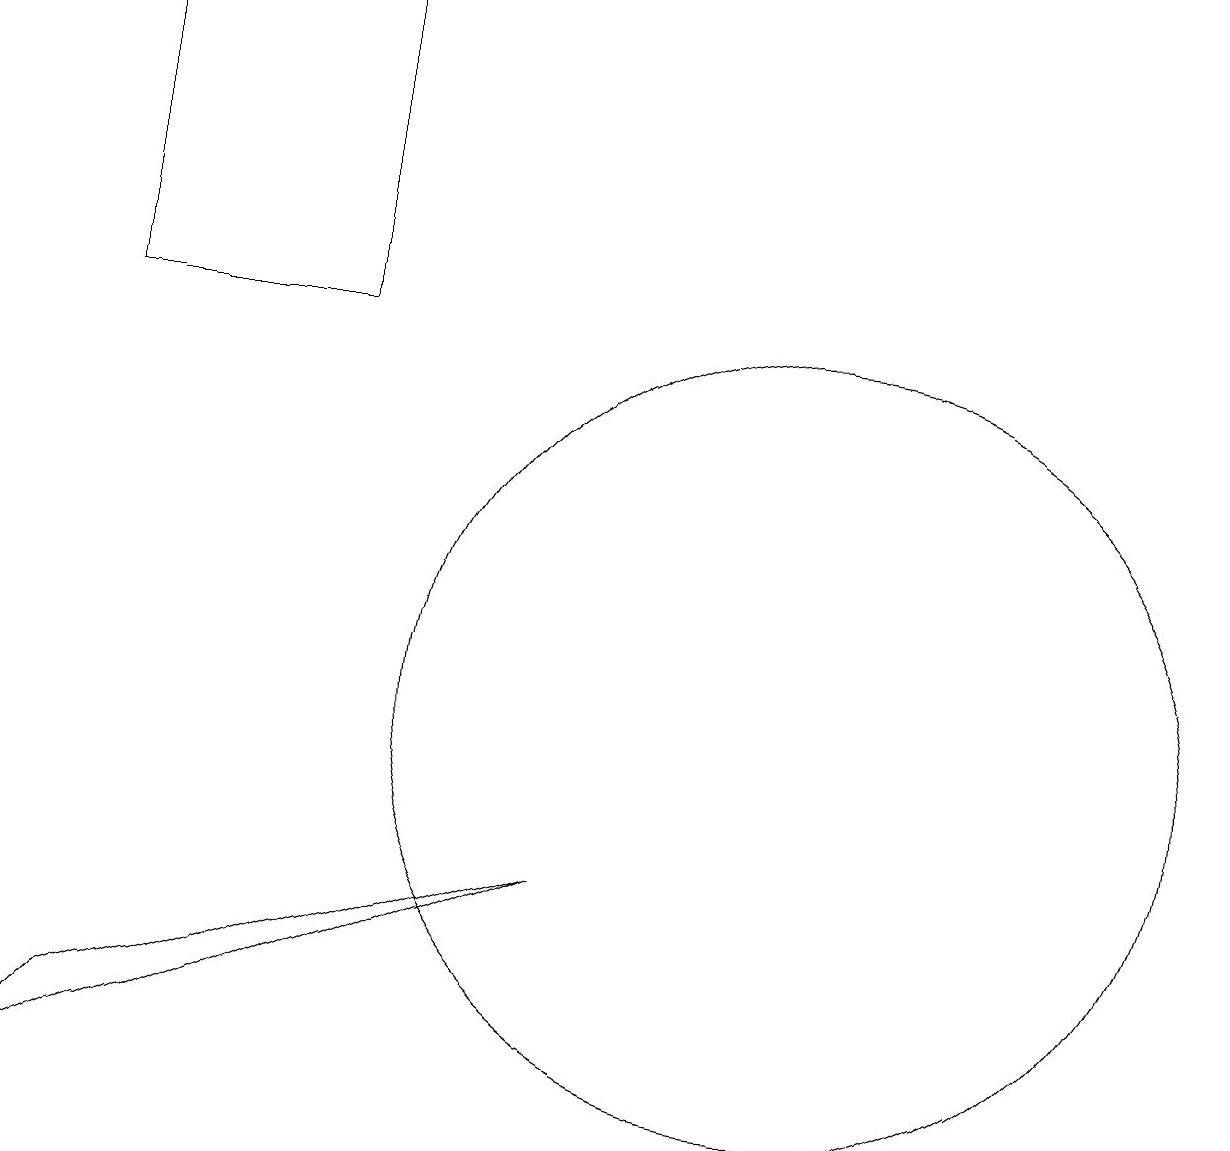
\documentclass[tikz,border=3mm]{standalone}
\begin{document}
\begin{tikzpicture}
\draw (4,15) rectangle (1,19);
\draw (1,6) -- (7,8) -- (0,5) -- cycle;
\draw (10,10) circle (5);
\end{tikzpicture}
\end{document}